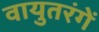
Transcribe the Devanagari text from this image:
वायुतरंगें